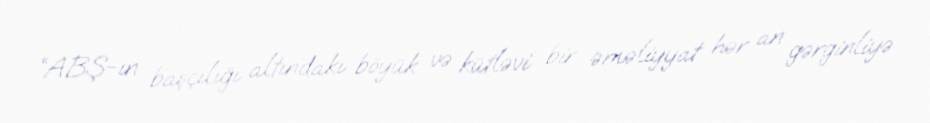
“ABŞ-ın başçılığı altındakı böyük və kütləvi bir əməliyyat hər an gərginliyə